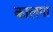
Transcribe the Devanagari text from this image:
कालगा